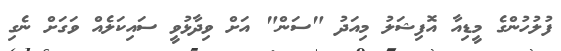
ފުލުހުންގެ މީޑިއާ އޮފިޝަލު މިއަދު "ސަން" އަށް ވިދާޅުވީ ސައިކަލެއް ވަގަށް ނެގި